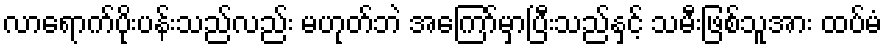
လာရောက်ပိုးပန်းသည်လည်း မဟုတ်ဘဲ အကြော်မှာပြီးသည်နှင့် သမီးဖြစ်သူအား ထပ်မံ